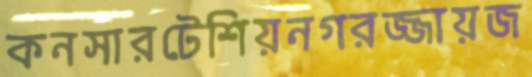
কনসারটেশিয়নগরজ্জায়জ